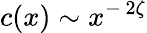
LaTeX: c(x)\sim x^{-\, 2\zeta}